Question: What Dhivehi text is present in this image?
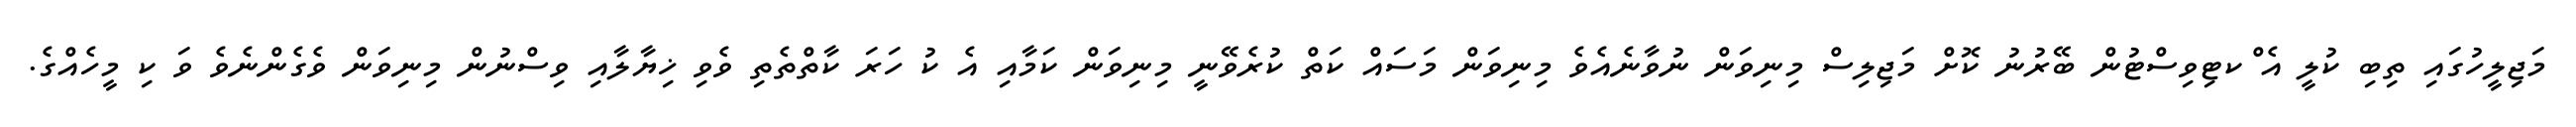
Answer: މަޖިލީހުގައި ތިބި ކުލީ އެ ްކޓިވިސްޓުން ބޭރުނު ކޮށް މަޖިލިސް މިނިވަން ނުވާނެއެވެ މިނިވަން މަސައް ކަތް ކުރެވޭނީ މިނިވަން ކަމާއި އެ ކު ހަރަ ކާތްތެތި ވެވި ޚިޔާލާއި ވިސްނުން މިނިވަން ވެގެންނެވެ ވަ ކި މީހެއްގެ.